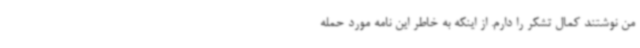
من نوشتند کمال تشکر را دارم. از اینکه به خاطر این نامه مورد حمله